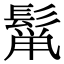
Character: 𮫋